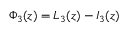
\Phi _ { 3 } ( z ) = L _ { 3 } ( z ) - I _ { 3 } ( z )